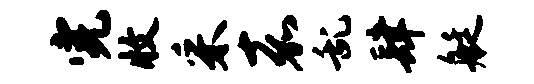
完收采嘉乱肆艇